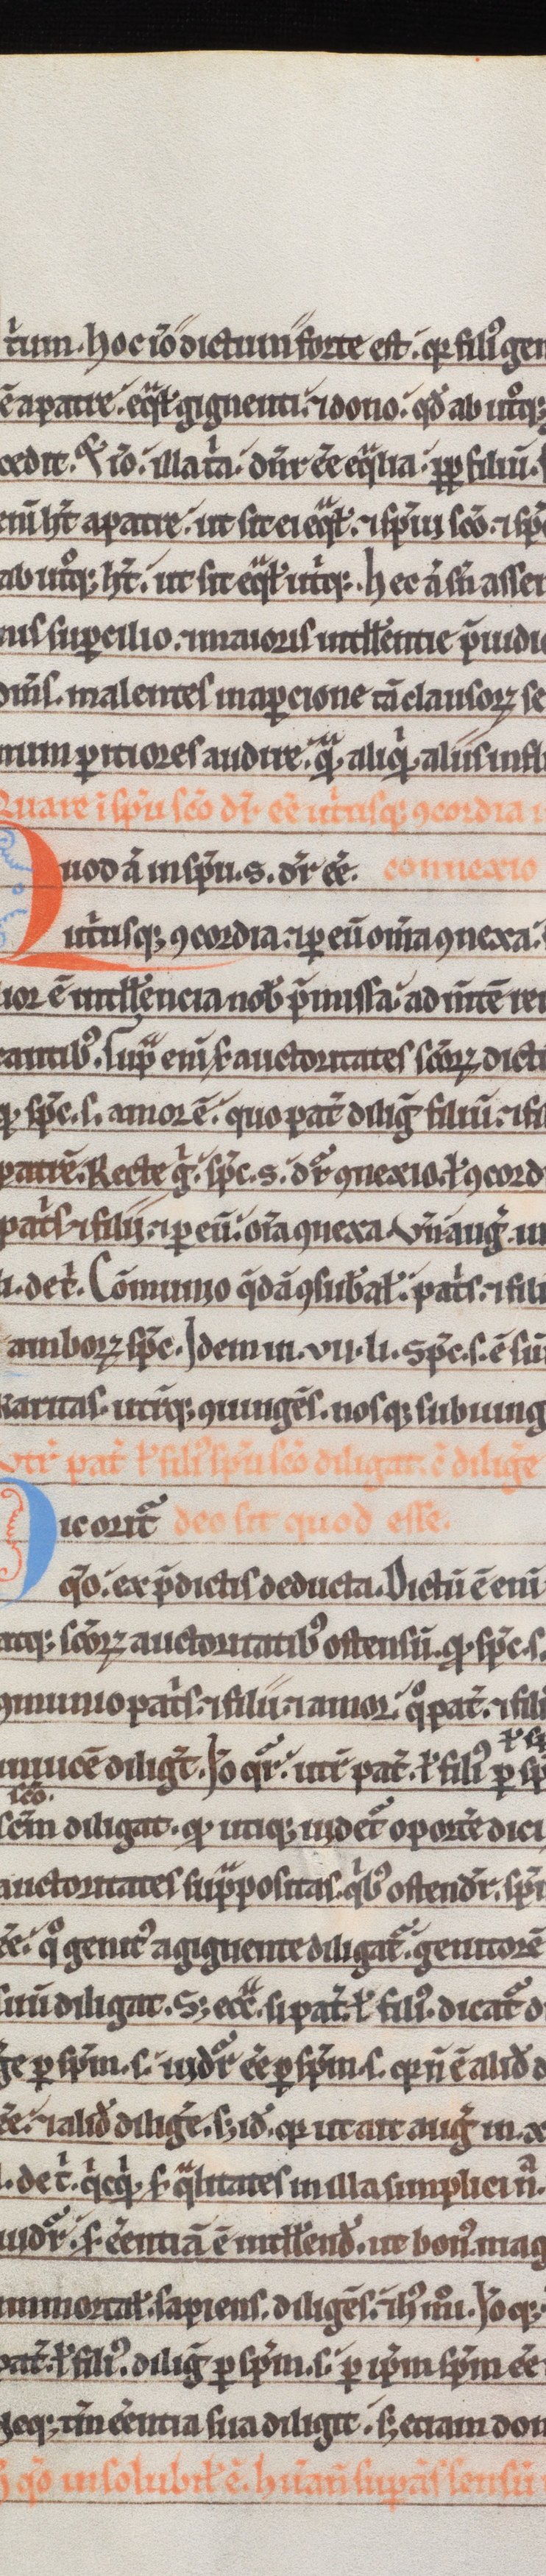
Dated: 1180–1190